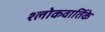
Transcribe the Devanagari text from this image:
श्लोकवार्तिके